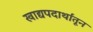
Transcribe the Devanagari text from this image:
खाद्यपदार्थांतून